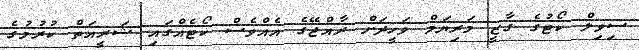
ސިވިލް ކޯޓުގެ ގާޒީ މަރިޔަމް ވަހީދަށް ރާއްޖޭގެ އެއްވެސް ކޯޓެއްގައި ޝަރީއަތް ކުރުމުގެ